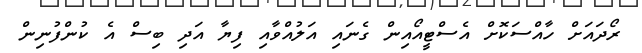
ރޯދައަށް ހާއްސަކޮށް އެސްޓީއޯއިން ގެނައި އަލުއްވާއި ފިޔާ އަދި ބިސް އެ ކުންފުނިން